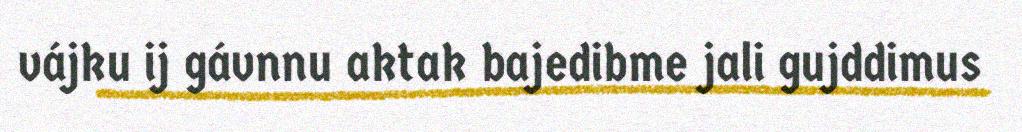
vájku ij gávnnu aktak bajedibme jali gujddimus